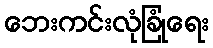
ဘေးကင်းလုံခြုံရေး